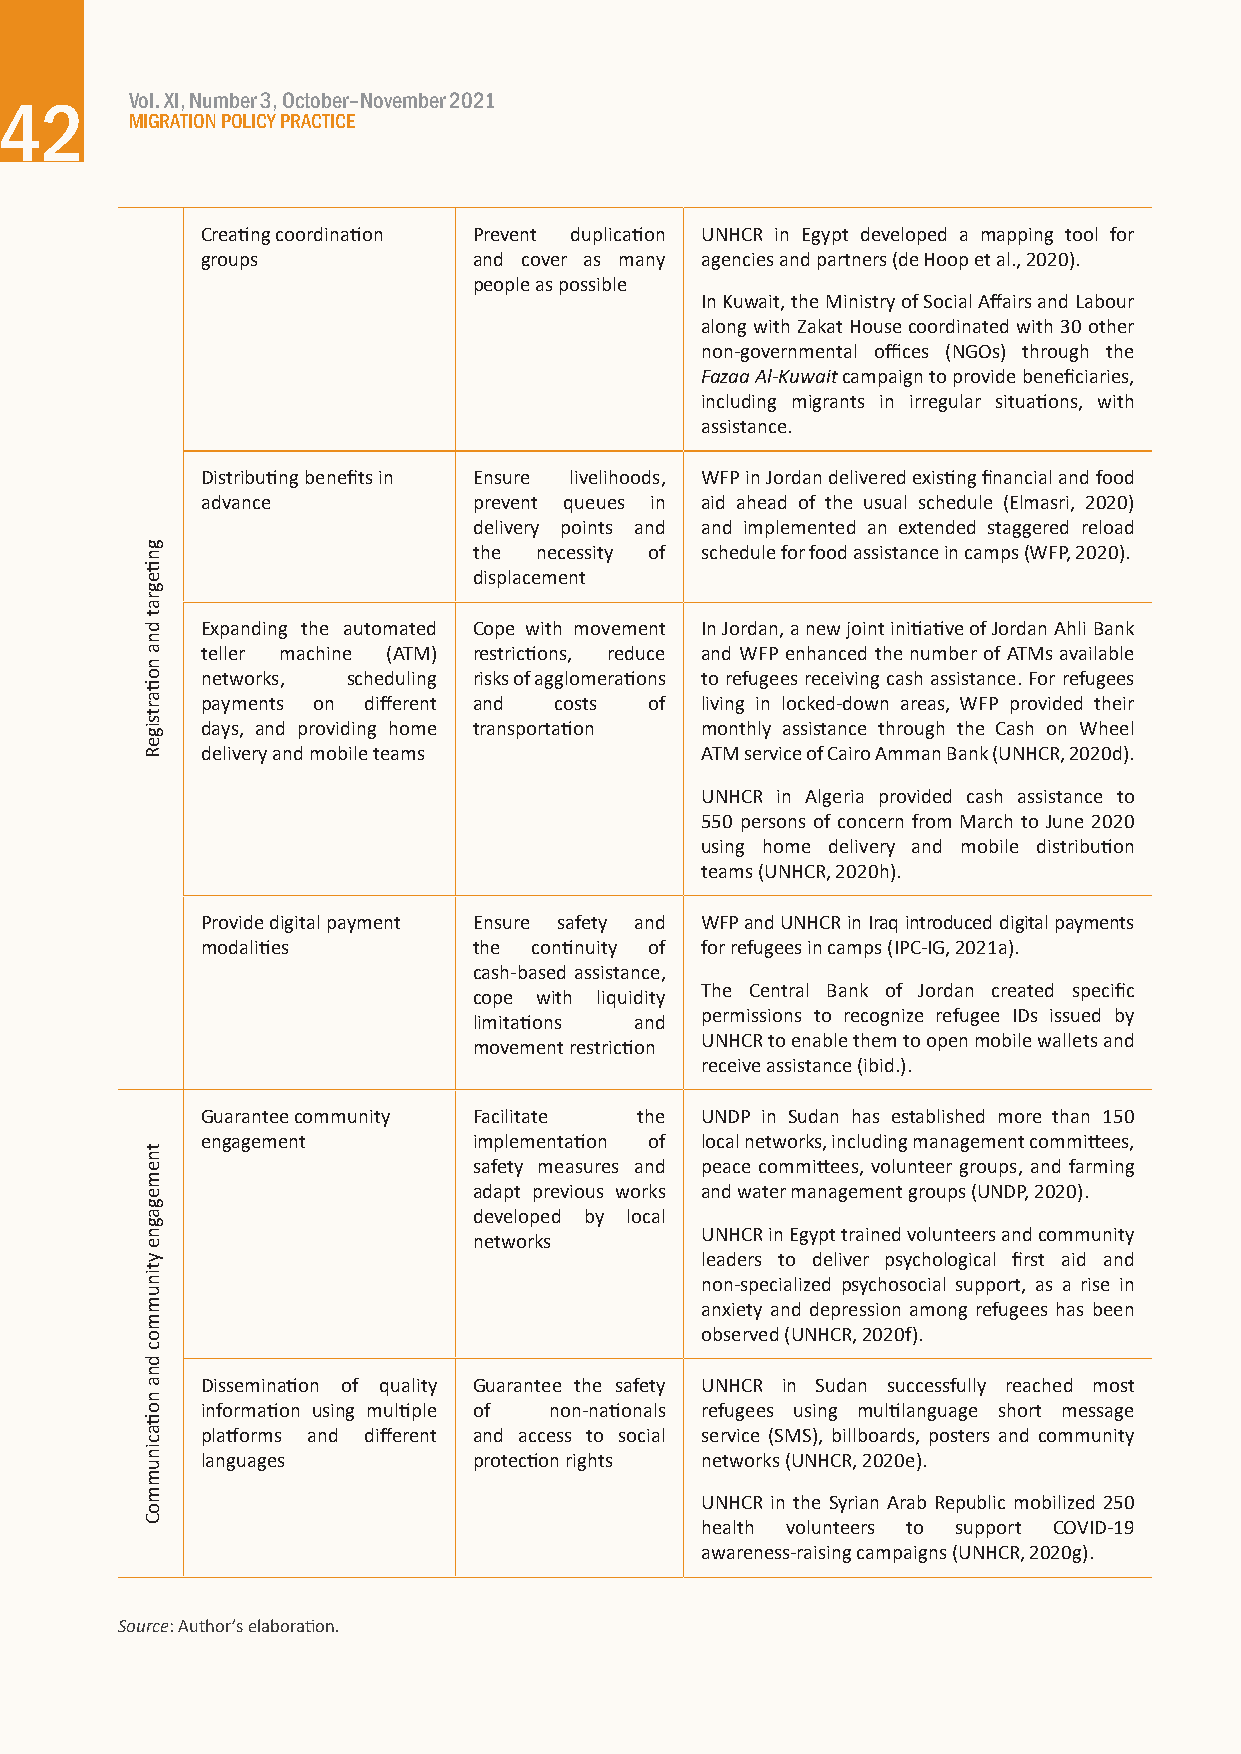
Vol. XI, Number 3, October–November 2021
 42
 MIGRATION POLICY PRACTICE
 Creating coordination Prevent duplication UNHCR in Egypt developed a mapping tool for
 groups            and cover as many agencies and partners (de Hoop et al., 2020).
 people as possible
 In Kuwait, the Ministry of Social Affairs and Labour
 along with Zakat House coordinated with 30 other
 non-governmental offices (NGOs) through the
 Fazaa Al-Kuwait campaign to provide beneficiaries,
 including migrants in irregular situations, with
 assistance.
 Distributing benefits in Ensure livelihoods, WFP in Jordan delivered existing financial and food
 advance           prevent queues in aid ahead of the usual schedule (Elmasri, 2020)
 delivery points and and implemented an extended staggered reload
 the necessity of schedule for food assistance in camps (WFP, 2020).
 displacement
 Expanding the automated Cope with movement In Jordan, a new joint initiative of Jordan Ahli Bank
 teller machine (ATM) restrictions, reduce and WFP enhanced the number of ATMs available
 networks, scheduling risks of agglomerations to refugees receiving cash assistance. For refugees
 payments on different and costs of living in locked-down areas, WFP provided their
 days, and providing home transportation monthly assistance through the Cash on Wheel
 delivery and mobile teams        ATM service of Cairo Amman Bank (UNHCR, 2020d).
 UNHCR in Algeria provided cash assistance to
 550 persons of concern from March to June 2020
 using home delivery and mobile distribution
 teams (UNHCR, 2020h).
 Provide digital payment Ensure safety and WFP and UNHCR in Iraq introduced digital payments
 modalities        the continuity of for refugees in camps (IPC-IG, 2021a).
 cash-based assistance,
 The Central Bank of Jordan created specific
 cope with liquidity
 permissions to recognize refugee IDs issued by
 limitations and
 UNHCR to enable them to open mobile wallets and
 movement restriction
 receive assistance (ibid.).
 Guarantee community Facilitate the UNDP in Sudan has established more than 150
 engagement        implementation of local networks, including management committees,
 safety measures and peace committees, volunteer groups, and farming
 adapt previous works and water management groups (UNDP, 2020).
 developed by local
 UNHCR in Egypt trained volunteers and community
 networks
 leaders to deliver psychological first aid and
 non-specialized psychosocial support, as a rise in
 anxiety and depression among refugees has been
 observed (UNHCR, 2020f).
 Dissemination of quality Guarantee the safety UNHCR in Sudan successfully reached most
 information using multiple of non-nationals refugees using multilanguage short message
 platforms and different and access to social service (SMS), billboards, posters and community
 languages         protection rights networks (UNHCR, 2020e).
 UNHCR in the Syrian Arab Republic mobilized 250
 health volunteers to support COVID-19
 awareness-raising campaigns (UNHCR, 2020g).
 Source: Author’s elaboration.
 gntiegrat
 dna
 notiartsigeR
 tnemegagne
 ytinummoc
 dna
 notiacinummoC